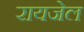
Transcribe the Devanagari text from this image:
रायजेल